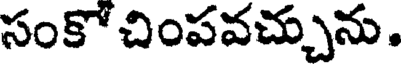
సంకో చింపవచ్చును.